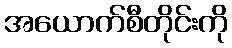
အယောက်စီတိုင်းကို